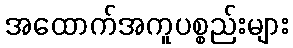
အထောက်အကူပစ္စည်းများ